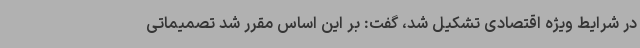
در شرایط ویژه اقتصادی تشکیل شد، گفت: بر این اساس مقرر شد تصمیماتی